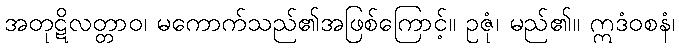
အတုဋိလတ္တာဝ၊ မကောက်သည်၏အဖြစ်ကြောင့်။ ဥဇုံ၊ မည်၏။ ဣဒံဝစနံ၊